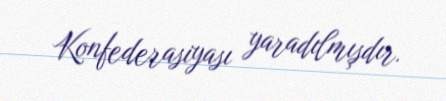
Konfederasiyası yaradılmışdır.